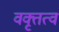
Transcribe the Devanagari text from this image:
वक्तृत्‍व